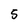
Character: 5